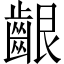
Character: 齦